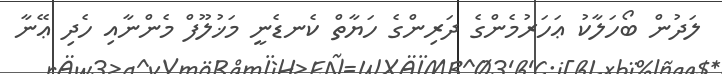
ލަދުން ބޯހަލާކު ޢަހަރުމެންގެ ދަރިންގެ ހަޔާތް ކެނޑެނީ މަޚުލޫފް މެންނާއި ހެދި ޢޭނާ